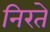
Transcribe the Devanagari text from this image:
निरते